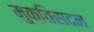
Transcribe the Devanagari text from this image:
मुक्तिसदन